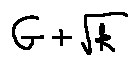
G + \sqrt { k }